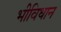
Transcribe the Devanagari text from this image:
भीविधान